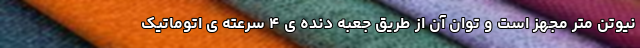
نیوتن متر مجهز است و توان آن از طریق جعبه دنده ی ۴ سرعته ی اتوماتیک